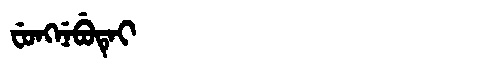
Manchu: ᠸᡠᠩᠨᡝᠪᡠᡨᡝᡳ
Romanization: FUNGNEBUTEI